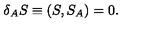
\delta _ { A } S \equiv ( S , S _ { A } ) = 0 .